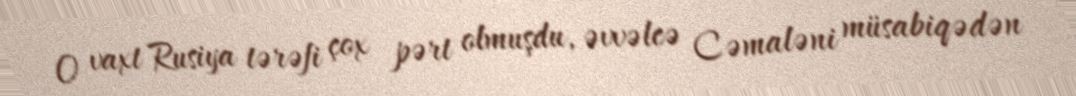
O vaxt Rusiya tərəfi çox pərt olmuşdu, əvvəlcə Cəmaləni müsabiqədən